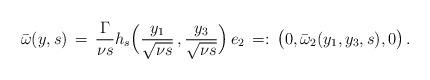
LaTeX: \begin{align*} \bar \omega(y,s) \,=\, \frac{\Gamma}{\nu s} h_s\Bigl(\frac{y_1}{\sqrt{\nu s}} \,,\frac{y_3}{\sqrt{\nu s}}\Bigr)\,e_2 \,=:\, \bigl(0,\bar \omega_2(y_1,y_3,s), 0\bigr)\,.\end{align*}